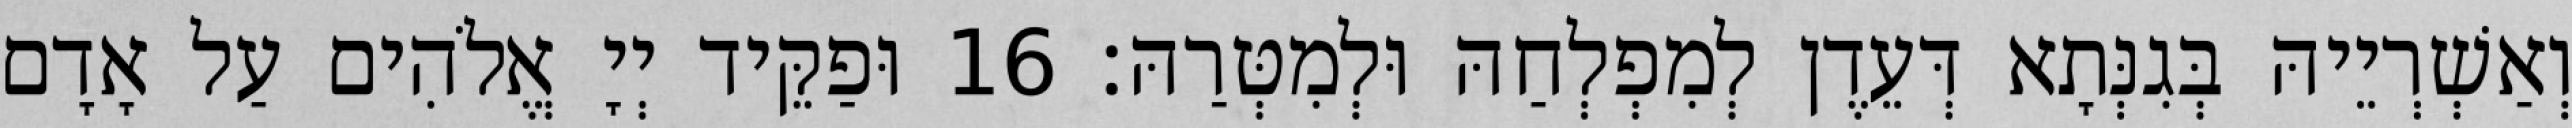
וְאַשְׁרְיֵיהּ בְּגִנְּתָא דְּעֵדֶן לְמִפְלְחַהּ וּלְמִטְּרַהּ׃ 16 וּפַקֵּיד יְיָ אֱלֹהִים עַל אָדָם